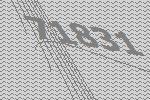
71831